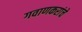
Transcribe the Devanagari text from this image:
गवाणकरांचे